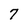
Character: 7